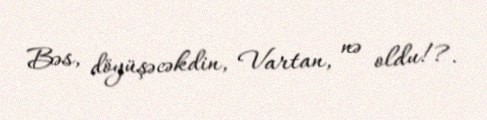
Bəs, döyüşəcəkdin, Vartan, nə oldu!?.